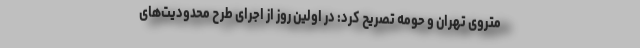
متروی تهران و حومه تصریح کرد: در اولین روز از اجرای طرح محدودیت‌های